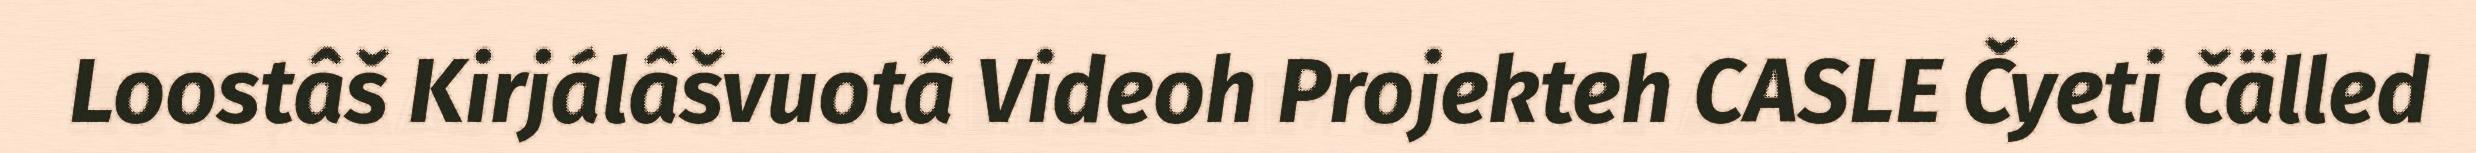
Loostâš Kirjálâšvuotâ Videoh Projekteh CASLE Čyeti čälled